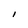
Character: I